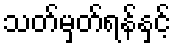
သတ်မှတ်ရန်နှင့်